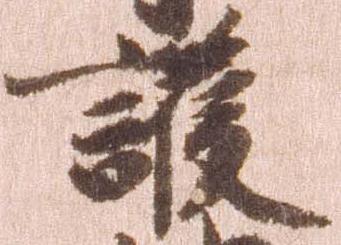
護